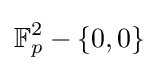
\mathbb {F} _{p}^{2}-\{0,0\}